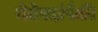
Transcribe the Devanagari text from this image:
नेतेपदांपैकी